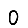
Digit: 0